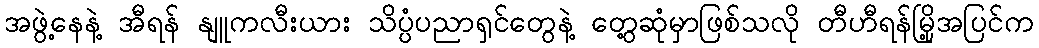
အဖွဲ့နေနဲ့ အီရန် နျူကလီးယား သိပ္ပံပညာရှင်တွေနဲ့ တွေ့ဆုံမှာဖြစ်သလို တီဟီရန်မြို့အပြင်က